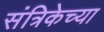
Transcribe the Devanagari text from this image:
संत्रिकेच्या